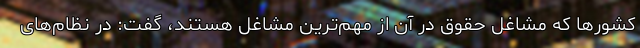
کشورها که مشاغل حقوق در آن از مهم‌ترین مشاغل هستند، گفت: در نظام‌های